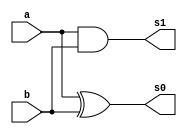
 // ------------------------- 
// Exemplo0025 - C2 gate 
// Nome: Lucas Cardoso 
// ------------------------- 
// ------------------------- 
// C2 gate
// ------------------------- 
module Adder (output s0, 
output s1,
input a, 
input b);
xor XOR1 (s0,a,b);
and AND1 (s1,a,b);
endmodule//Adder

module fullAdder (output s2,
output Carry_out,
input Carry_in,
input x,
input y);
wire temp1,temp2,temp3;
Adder A1 (temp1,temp2,x,y);
Adder A2 (s2,temp3,temp1,Carry_in);
or OR1(Carry_out,temp3,temp2);
endmodule//fullAdder

module Prin (output [3:0] s,
output Carry_out,
input Carry_in,
input [3:0] x1,
input y);
wire temp4,temp5,temp6,Nx0,Nx1,Nx2,Nx3;
not NOT1 (Nx0,x1[0]);
not NOT2 (Nx1,x1[1]);
not NOT3 (Nx2,x1[2]);
not NOT4 (Nx3,x1[3]);
fullAdder fA1(s[0],temp4,Carry_in,Nx0,y);
fullAdder fA2(s[1],temp5,temp4,Nx1,y);
fullAdder fA3(s[2],temp6,temp5,Nx2,y);
fullAdder fA4(s[3],Carry_out,temp6,Nx3,y);
endmodule//Prin

module testPrin;
// ------------------------- definir dados 
reg [3:0] x;
reg y;
reg  v;
wire [3:0] s;
wire Carry_out; 
Prin modulo ( s, Carry_out,v, x, y);
// ------------------------- parte principal 
initial begin 
$display("Exemplo0025 - Lucas Cardoso - 441694"); 
$display("Test AU's module"); 
x = 4'b0000; v = 'b1; y = 0; 
// projetar testes do modulo 
$display("\na b Carry_in Carr_out s");
#1 $monitor("%b %b %b %b",x,v,Carry_out,s);
#1 x='b0001; v= 'b1;  
#1 x='b0010; v= 'b1;
#1 x='b0011; v= 'b1;

#1 x='b0100; v= 'b1; 
#1 x='b0101; v= 'b1;  
#1 x='b0110; v= 'b1;
#1 x='b0111; v= 'b1;

#1 x='b1000; v= 'b1; 
#1 x='b1001; v= 'b1;  
#1 x='b1010; v= 'b1;
#1 x='b1011; v= 'b1;

#1 x='b1100; v= 'b1; 
#1 x='b1101; v= 'b1;  
#1 x='b1110; v= 'b1;
#1 x='b1111; v= 'b1;

end 
endmodule // test